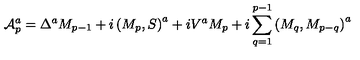
{ \cal A } _ { p } ^ { a } = \Delta ^ { a } M _ { p - 1 } + i \left( M _ { p } , S \right) ^ { a } + i V ^ { a } M _ { p } + i \sum _ { q = 1 } ^ { p - 1 } \left( M _ { q } , M _ { p - q } \right) ^ { a }